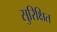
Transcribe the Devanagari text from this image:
सुरिक्षित